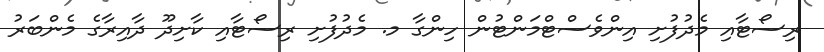
ރިސޯޓާއި މެދުފުށި އިންވެސްޓްމަންޓުން ހިންގާ މ. މެދުފުށި ރިސޯޓާއި ކާށިދޫ ދާއިރާގެ މެންބަރު